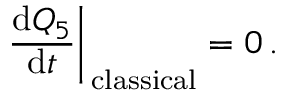
\left. \frac { \mathrm { d } Q _ { 5 } } { \mathrm { d } t } \right| _ { \mathrm { \, c l a s s i c a l } } = 0 \, .